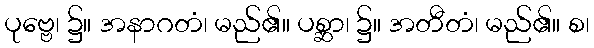
ပုဗ္ဗေ၊ ၌။ အနာဂတံ၊ မည်၏။ ပစ္ဆာ၊ ၌။ အတီတံ၊ မည်၏။ စ၊